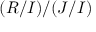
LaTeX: ( R / I ) / ( J / I )